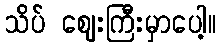
သိပ် ဈေးကြီးမှာပေါ့။